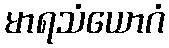
မာရသံယောဂံ